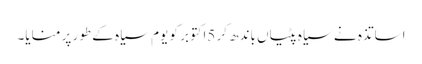
اساتذہ نے سیاہ پٹیاں باندھ کر 5اکتوبر کو یوم سیاہ کے طور پر منایا۔